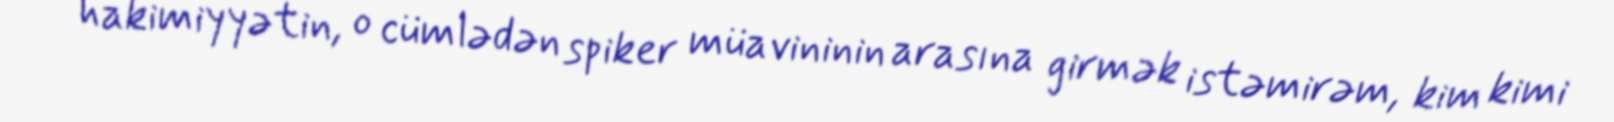
hakimiyyətin, o cümlədən spiker müavininin arasına girmək istəmirəm, kim kimi